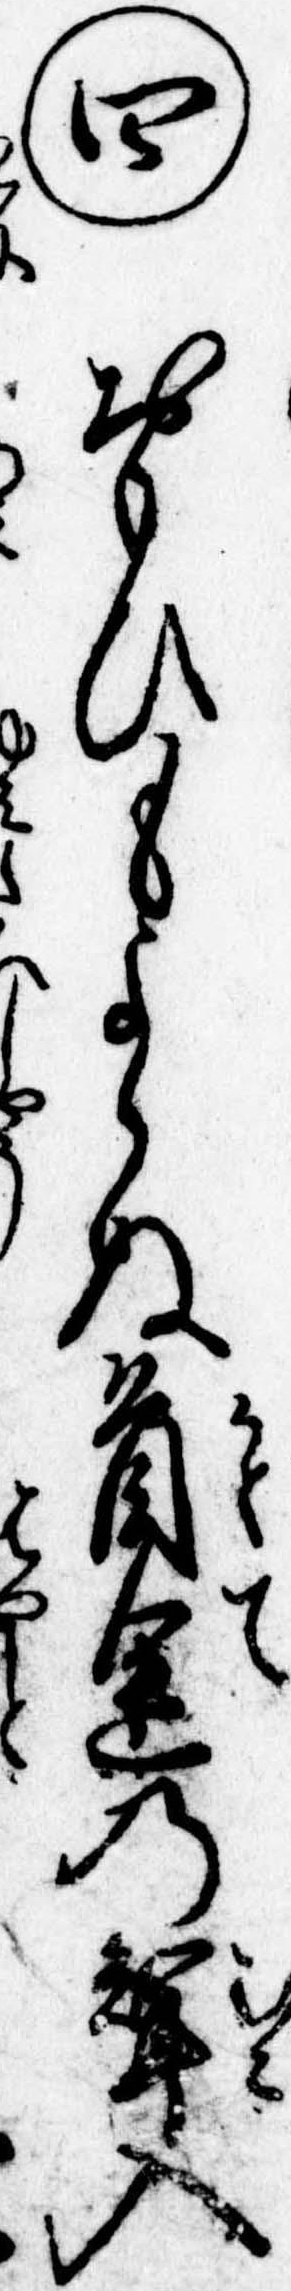
㊃おもひもよらぬ首途の婿入